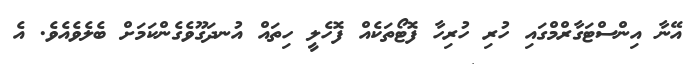
އޭނާ އިންސްޓަގާރްމްގައި ހުރި ހުރިހާ ފޮޓޯތަކެއް ފޮހެލީ ހިތައް އުނދަގޫވެގެންކަމަށް ބެލެވެއެވެ. އެ